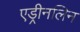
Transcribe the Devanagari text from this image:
एड्रीनलिन